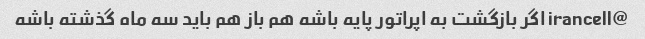
@irancell اگر بازگشت به اپراتور پایه باشه هم باز هم باید سه ماه گذشته باشه